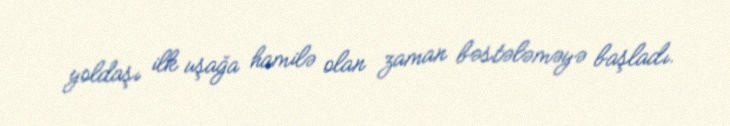
yoldaşı ilk uşağa hamilə olan zaman bəstələməyə başladı.